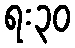
ရး၃၀